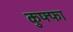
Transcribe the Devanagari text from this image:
कुफ्फा